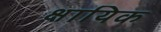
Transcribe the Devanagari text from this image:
क्षायिक